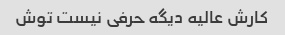
کارش عالیه دیگه حرفی نیست توش